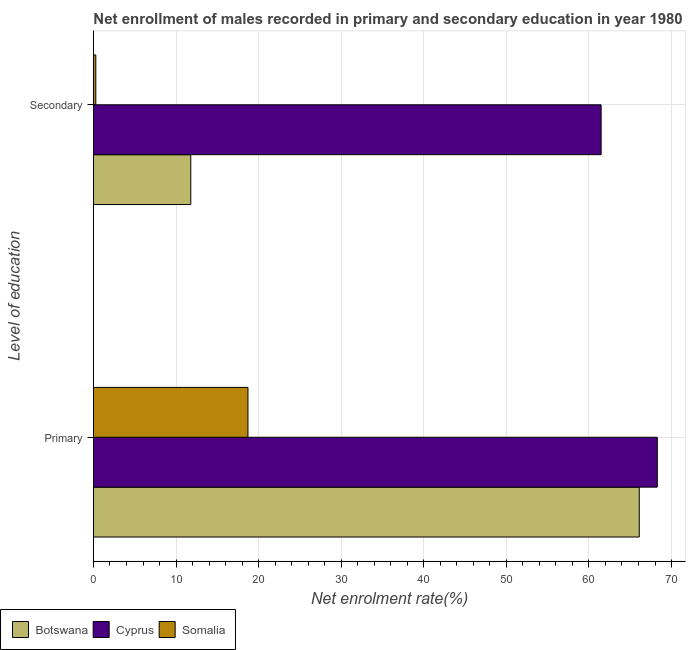
| Level of education | Botswana | Cyprus | Somalia |
 | --- | --- | --- | --- |
 | Primary | 66.1 | 68.3 | 18.7 |
 | Secondary | 11.8 | 61.5 | 0.284 |